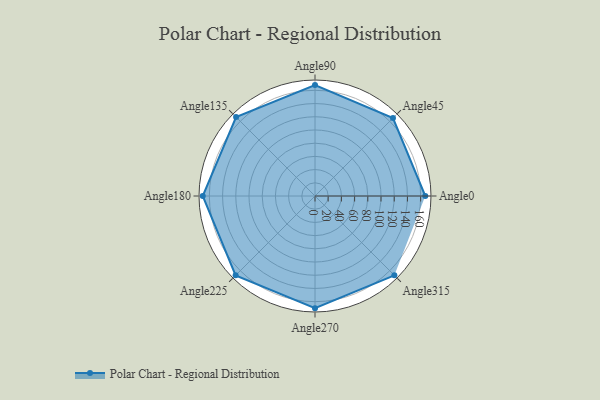
{"axis": {"x": "Angle", "y": "Radius"}, "legend": [""], "data": [{"x": "Angle0", "y": 167.0, "type": ""}, {"x": "Angle45", "y": 167.0, "type": ""}, {"x": "Angle90", "y": 168.0, "type": ""}, {"x": "Angle135", "y": 169.0, "type": ""}, {"x": "Angle180", "y": 170.0, "type": ""}, {"x": "Angle225", "y": 170.0, "type": ""}, {"x": "Angle270", "y": 170, "type": ""}, {"x": "Angle315", "y": 170, "type": ""}]}